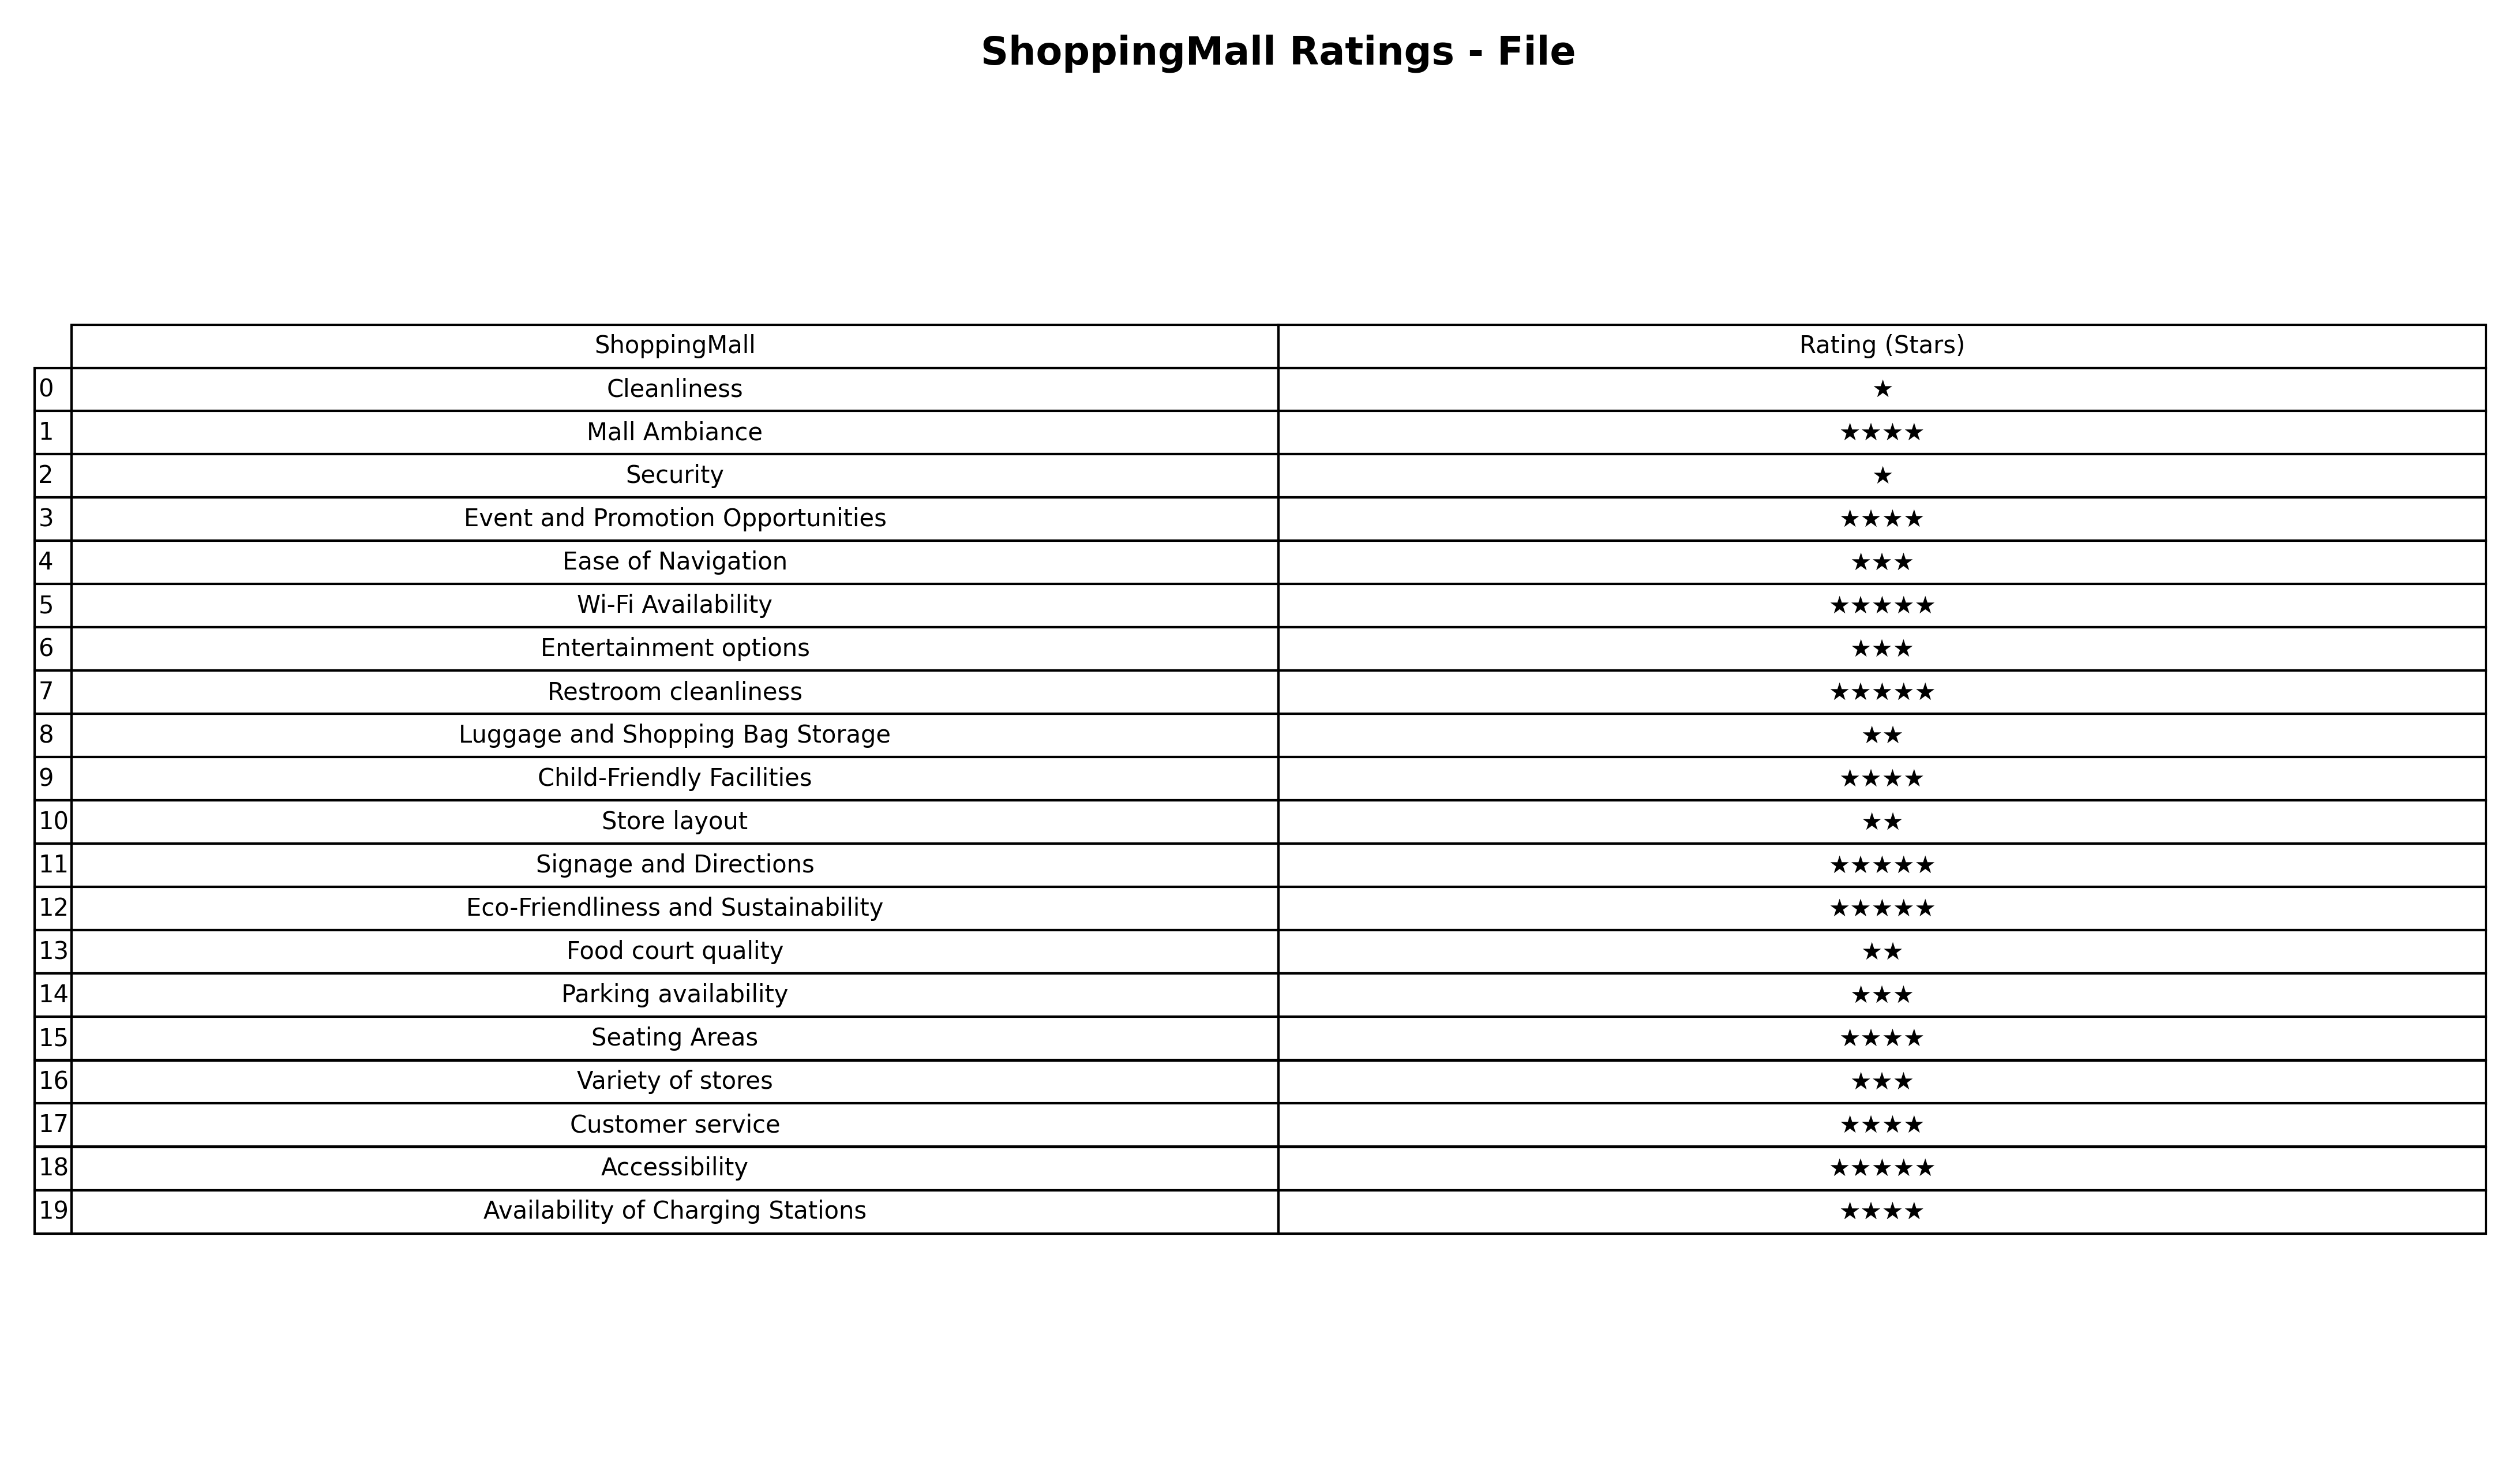
question: What are two star services?
answer: Luggage and Shopping Bag StorageStore layoutFood court quality